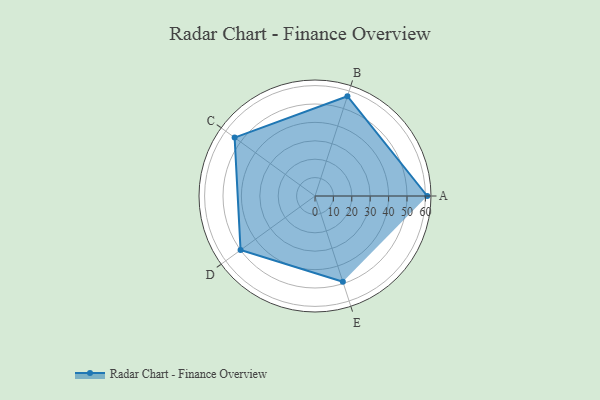
{"axis": {"x": "Skill", "y": "Score"}, "legend": ["Profile"], "data": [{"x": "A", "y": 61.0, "type": "Profile"}, {"x": "B", "y": 57.0, "type": "Profile"}, {"x": "C", "y": 54.0, "type": "Profile"}, {"x": "D", "y": 50.0, "type": "Profile"}, {"x": "E", "y": 49.0, "type": "Profile"}]}